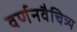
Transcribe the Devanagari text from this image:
वर्णनवैचित्र्य